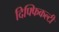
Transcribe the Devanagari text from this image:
दिफ्फिकल्टी